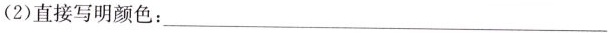
(2)直接写明颜色：___